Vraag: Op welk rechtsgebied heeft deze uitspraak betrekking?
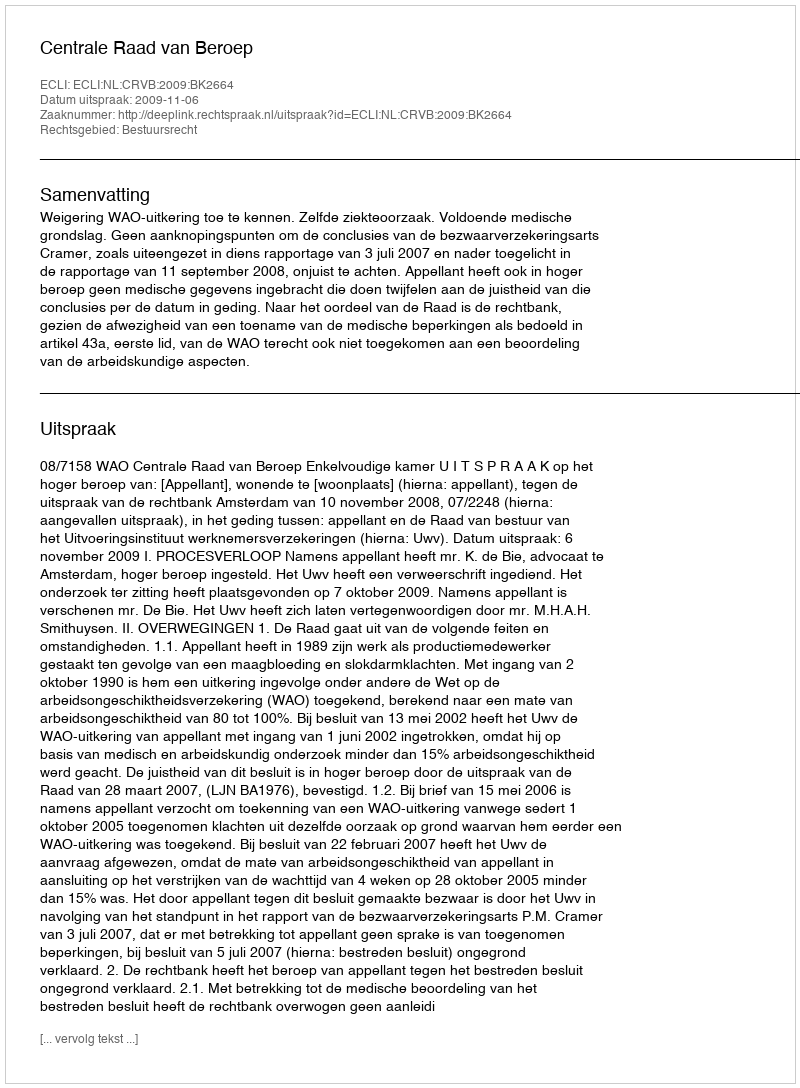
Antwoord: Bestuursrecht